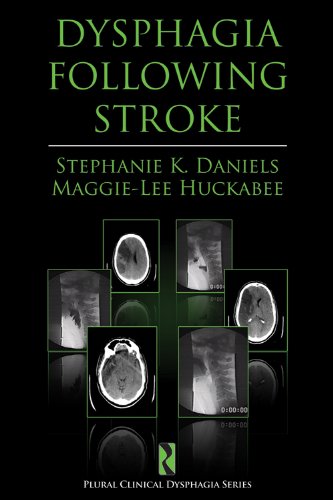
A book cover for Dysphagia Following Stroke (Clinical Dysphagia); Stephanie K. Daniels and Maggie Lee Huckabee; Health, Fitness & Dieting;